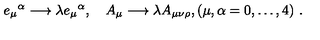
e _ { \mu } { } ^ { \alpha } \longrightarrow \lambda e _ { \mu } { } ^ { \alpha } , \quad A _ { \mu } \longrightarrow \lambda A _ { \mu \nu \rho } , ( \mu , \alpha = 0 , \ldots , 4 ) \ .